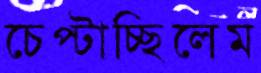
চেপ্‌টাচ্ছিলেম